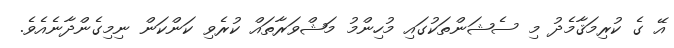
އޭ ގެ ކުރިމަޤާމެދު މި ސެޝަންތަކުގައި މުހިންމު މަޝްވަރާތައް ކުރެވި ކަންކަން ނިމިގެންދާނެއެވެ.